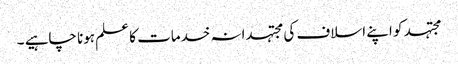
مجتہد کو اپنے اسلاف کی مجتہدانہ خدمات کا علم ہونا چاہیے ۔